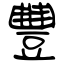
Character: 豐